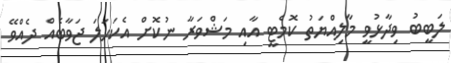
ލަބީބު ވިދާޅުވީ މާލިއްޔަތު ކޮމެޓީ އާއި މަޝްވަރާ ނުކޮށް އެކަހަލަ ޖަވާބެއް ދެއްވޭ